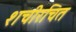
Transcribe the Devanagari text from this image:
शचीरचित